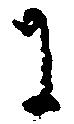
に